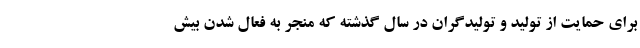
برای حمایت از تولید و تولیدگران در سال گذشته که منجر به فعال شدن بیش